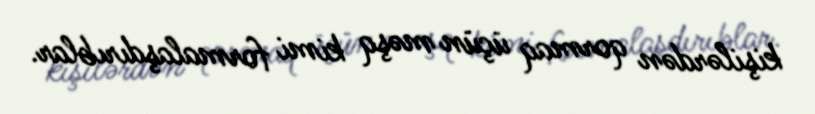
kişilərdən qormaq üçün məşq kimi formalaşdırıblar.